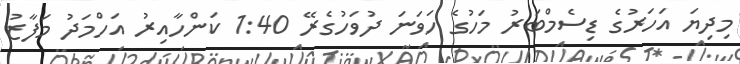
މިދިޔަ އަހަރުގެ ޑިސެމްބަރު މަހުގެ ހަވަނަ ދުވަހުގެރޭ 1:40 ކަންހާއިރު އަހްމަދު މަފާޒު